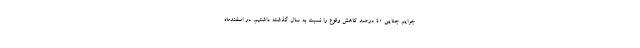
جرایم جنایی ۴۰ درصد کاهش وقوع را نسبت به سال گذشته داشتیم. در اسفندماه